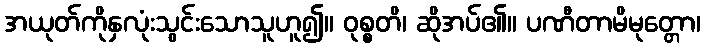
အယုတ်ကိုနှလုံးသွင်းသောသူဟူ၍။ ဝုစ္စတိ၊ ဆိုအပ်၏။ ပဏီတာမိမုတ္တော၊